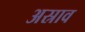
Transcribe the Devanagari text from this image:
अस्राव